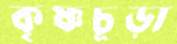
কৃষ্ণচূড়া